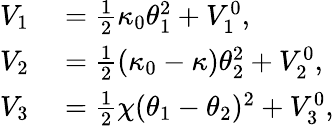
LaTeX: \begin{array}{rl}{V_{1}}&{{}=\frac{1}{2}\kappa_{0}\theta_{1}^{2}+V_{1}^{0},}\\ {V_{2}}&{{}=\frac{1}{2}(\kappa_{0}-\kappa)\theta_{2}^{2}+V_{2}^{0},}\\ {V_{3}}&{{}=\frac{1}{2}\chi(\theta_{1}-\theta_{2})^{2}+V_{3}^{0},}\end{array}